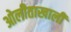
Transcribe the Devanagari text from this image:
ओलीताखाली